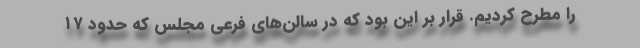
را مطرح کردیم. قرار بر این بود که در سالن‌های فرعی مجلس که حدود ۱۷